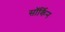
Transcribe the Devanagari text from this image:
सॉर्किन